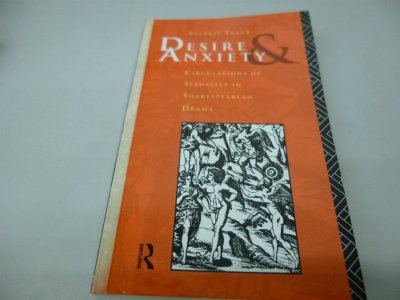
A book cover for Desire and Anxiety: Circulations of Sexuality in Shakespearean Drama (Gender, Culture, Difference); Valerie Traub; Literature & Fiction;